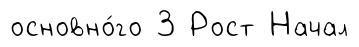
основно́го 3 Рост Начал